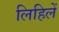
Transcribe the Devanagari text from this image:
लिहिलें